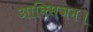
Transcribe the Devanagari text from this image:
आक्सिजन।